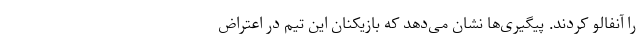
را آنفالو کردند. پیگیری‌ها نشان می‌دهد که بازیکنان این تیم در اعتراض